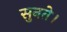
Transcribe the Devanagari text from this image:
सुनते।